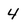
Character: 4